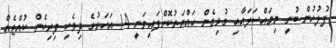
ފުލުހުން ބުނީ މިމައްސަލައާއި ގުޅިގެން ހައްޔަރުކޮށްފައިވަނީ 14 އަހަރުގެ ދިވެހި ފިރިހެން ކުއްޖެއް